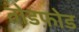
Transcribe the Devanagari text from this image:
तोडफ़ोड